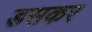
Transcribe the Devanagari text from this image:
डसकर